Report on horse surra - Volume I
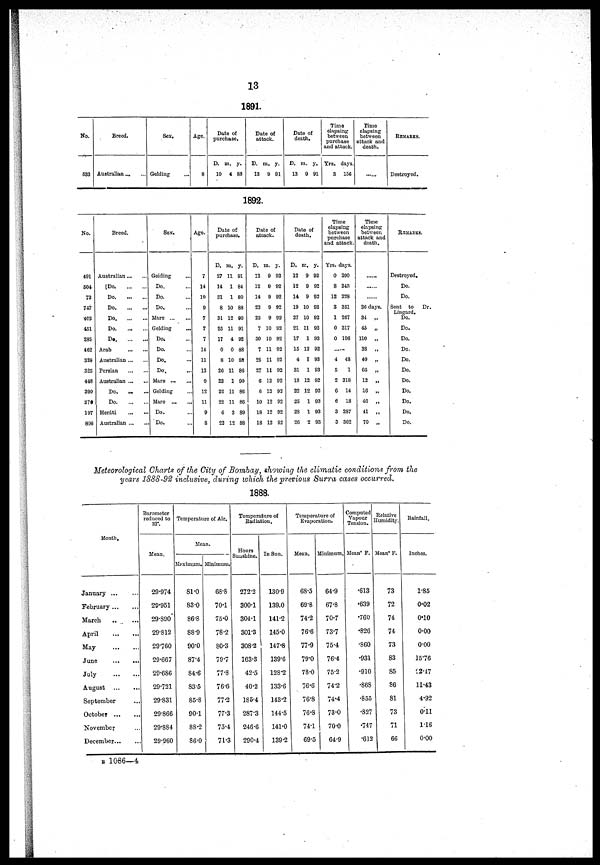
13
1891.
No.
533
Breed.
Australian
Sex.
Gelding
Age.
8
Date of
purchase.
D.
10
m.
4
y.
88
Date of
attack.
D.
13
m.
9
y.
91
Date of
death.
D.
13
m.
9
y.
91
Time
elapsing
between
purchase
and attack.
Yrs.
3
days.
156
Time
elapsing
between
attack and
death.
REMARKS.
Destroyed.
1892.
No.
491
504
73
747
403
451
285
462
328
325
446
390
370
197
800
Breed.
Australian
Do.
Do
Do
Do
Do
Do
Arab
Australian
Persian
Australian
Do.
Do
Herati
Australian
Sex.
Geiding
Do.
Do.
Do.
Mare
Gelding
Do.
Do.
Do.
Do.
Mare
Gelding
Mare ...
Do.
Do.
Age.
7
14
19
9
7
7
7
14
11
13
9
12
11
9
8
Date of
purchase.
D.
27
14
31
8
31
25
17
0
8
26
23
22
22
6
22
m.
11
1
1
10
12
11
4
0
10
11
1
11
11
3
12
y.
91
84
80
88
90
91
92
88
88
86
90
86
86
89
88
Date of
attack.
D.
12
12
14
23
23
7
30
7
25
27
6
6
10
18
18
m.
9
9
9
9
9
10
10
11
11
11
12
12
12
12
12
y.
92
92
92
92
92
92
92
92
92
92
92
92
92
92
92
Date of
death.
D.
12
12
14
19
27
21
17
15
4
31
18
22
25
28
26
m.
9
9
9
10
10
11
1
12
1
1
12
12
1
1
2
y.
92
92
92
92
92
92
93
92
93
93
92
92
93
93
93
Time
elapsing
between
purchase
and attack.
Yrs. d
0
8
12
3
1
0
0
.....
4
5
2
6
6
3
3
ays.
290
243
228
351
267
317
196
48
1
318
14
18
287
362
Time
elapsing
between
attack and
death.
26 days.
34 „
45 „
110 „
38 „
40 „
65 „
12 „
16 „
46 „
41 „
70 „
REMARKS.
Destroyed.
Do.
Do.
Sent to Dr
Lingard.
Do.
Do.
Do.
Do.
Do.
Do.
Do.
Do.
Do.
Do.
Do.
Meteorological Charts of the City of Bombay, showing the climatic conditions from the
years 1888-92 inclusive, during which the previous Surra cases occurred.
1888.
Month,
January ...
February
March
..
April
May
June
July
August
September
October
November
December...
Barometer
reduced to
32°.
Mean.
29.974
29.951
29.890
29.812
29.760
29.667
29.686
29.721
29.831
29.866
29.884
29.960
Temperature of Air.
Mean.
Maximum.
81.0
83.0
86.8
88.9
90.0
87.4
84.6
83.5
85.8
90.1
88.2
86.0
68.8
70.1
75.0
78.2
80.3
79.7
77.8
76.6
77.2
77.3
75.4
71.3
Temperature of
Radiation.
Hours
Sunshine.
272.2
300.1
304.1
301.3
308.2
163.3
42.5
40.2
185.4
287.3
246.6
290.4
In Sun.
130.9
139.0
141.2
145.0
147.8
139.6
128.2
133.6
143.2
144.5
141.0
139.2
Temperature of
Evaporation.
Mean.
68.5
69.8
74.2
76.6
77.9
79.0
78.0
76.6
76.8
76.8
74.1
69.5
Minimum.
64.9
67.8
70.7
73.7
75.4
76.4
75.2
74.2
74.4
73.0
70.0
64.9
Computed
Vapour
Tension.
Mean° F.
.613
.639
.760
.826
.860
.931
.910
.868
.855
.827
.747
.612
Relative
Humidity.
Meanº F.
73
72
74
74
73
83
85
86
81
73
71
66
Rainfall.
Inches.
1.85
0.02
0.10
0.00
0.00
15.76
22.47
11.43
4.92
0.11
1.16
0.00
B 1086—4